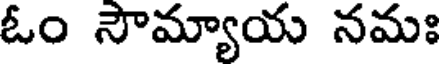
ఓం సౌమ్యాయ నమః